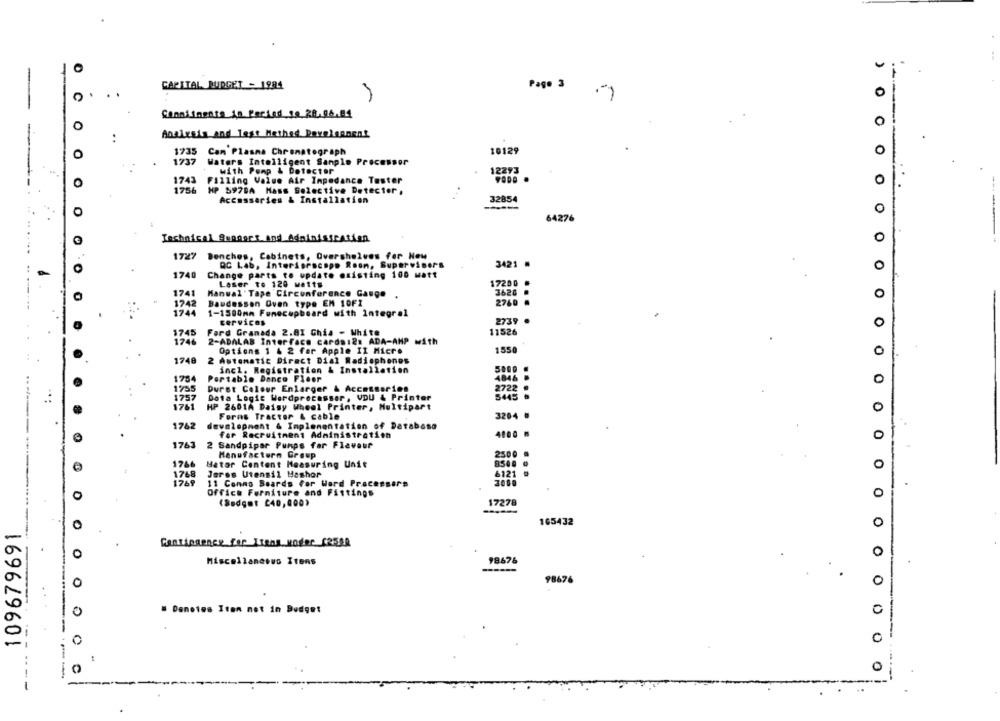
-
CAPITAL BUDGET - 1984
Page 3
Commitments in Fectad fe 28.06.84
0
Analysis and lest Hethed Davelennent
1735 Cam Plasma Chromatograph
10129
1737 Waters Intelligent Sanple Processor
with Pomp & Detector
12293
1743 Filling Value Air Impedance Tester
O
. .
1756 HP 597DA Mass Selective Detector ,
Accessories & Installation
32854
O
64276
Technical Support And Administration
0
1727 Benches, Cabinets, Overshelves for New
QC Lab, Interiorscopo Roon, Supervisors
3421
0
1740
Change parts to update existing 100 watt
17200
Laser to 120 watts
1741
Manual Tape Circumference Gauge .
3628
O
1742
Baudessen Oven type EM 10FI
2760 .
1744
1-1500mm Fonecupboard with Integral
services
2739
0
1745
Ford Granada 2.AI Ghia - White
11526
1746
2-ADALAB Interface cards:2: ADA-AMP with
Options 1 4 2 far Apple II Micre
1550
0
1748
2 Automatic Direct Dial Radisphones
incl. Registration & Installation
4846
1754
Portable Dance Floor
0
1735
Durst Colour Enlarger & Accessories
2722
1757
Dota Logic Wordprocessor, VDU & Printer
5445
1761
HP 2601A Daisy Wheel Printer, Multipart
0
Forns Tractor & cable
3204
1742
development & Implementation of Database
for Recruitment Administration
0
1763
2 Sandpiper Pumps for Flavour
Manufacture Group
2300
1766
Mator Content Measuring Unit
O
1768
Jeres Utensil Mashar
6121
1769
11 Conno Boards For Word Processors
3000
Office Furniture and Fittings
0
(Budget £40,000)
17278
109679691
165432
0
-
Contingency for Itens. woger (2590
0
0
Miscellaneous Itens
98676
98676
0
. Denotes Itan not in Budget
0
0
0
0
) 0 00 0 0 0 0 0 0 0 0 0 0 0 0 0 0 0 0 0 0